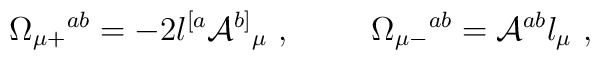
\Omega_{\mu+}{}^{ab} = -2 l^{[a}{\cal A}^{b]}{}_\mu\ ,\hskip 1truecm\Omega_{\mu-}{}^{ab} =  {\cal A}^{ab}l_\mu\ ,